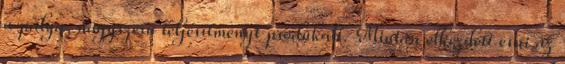
a pálya, nagyszerű teljesítményt produkált. Miután elkezdett esni az